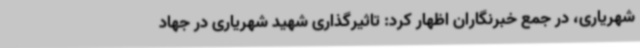
شهریاری، در جمع خبرنگاران اظهار کرد: تاثیرگذاری شهید شهریاری در جهاد